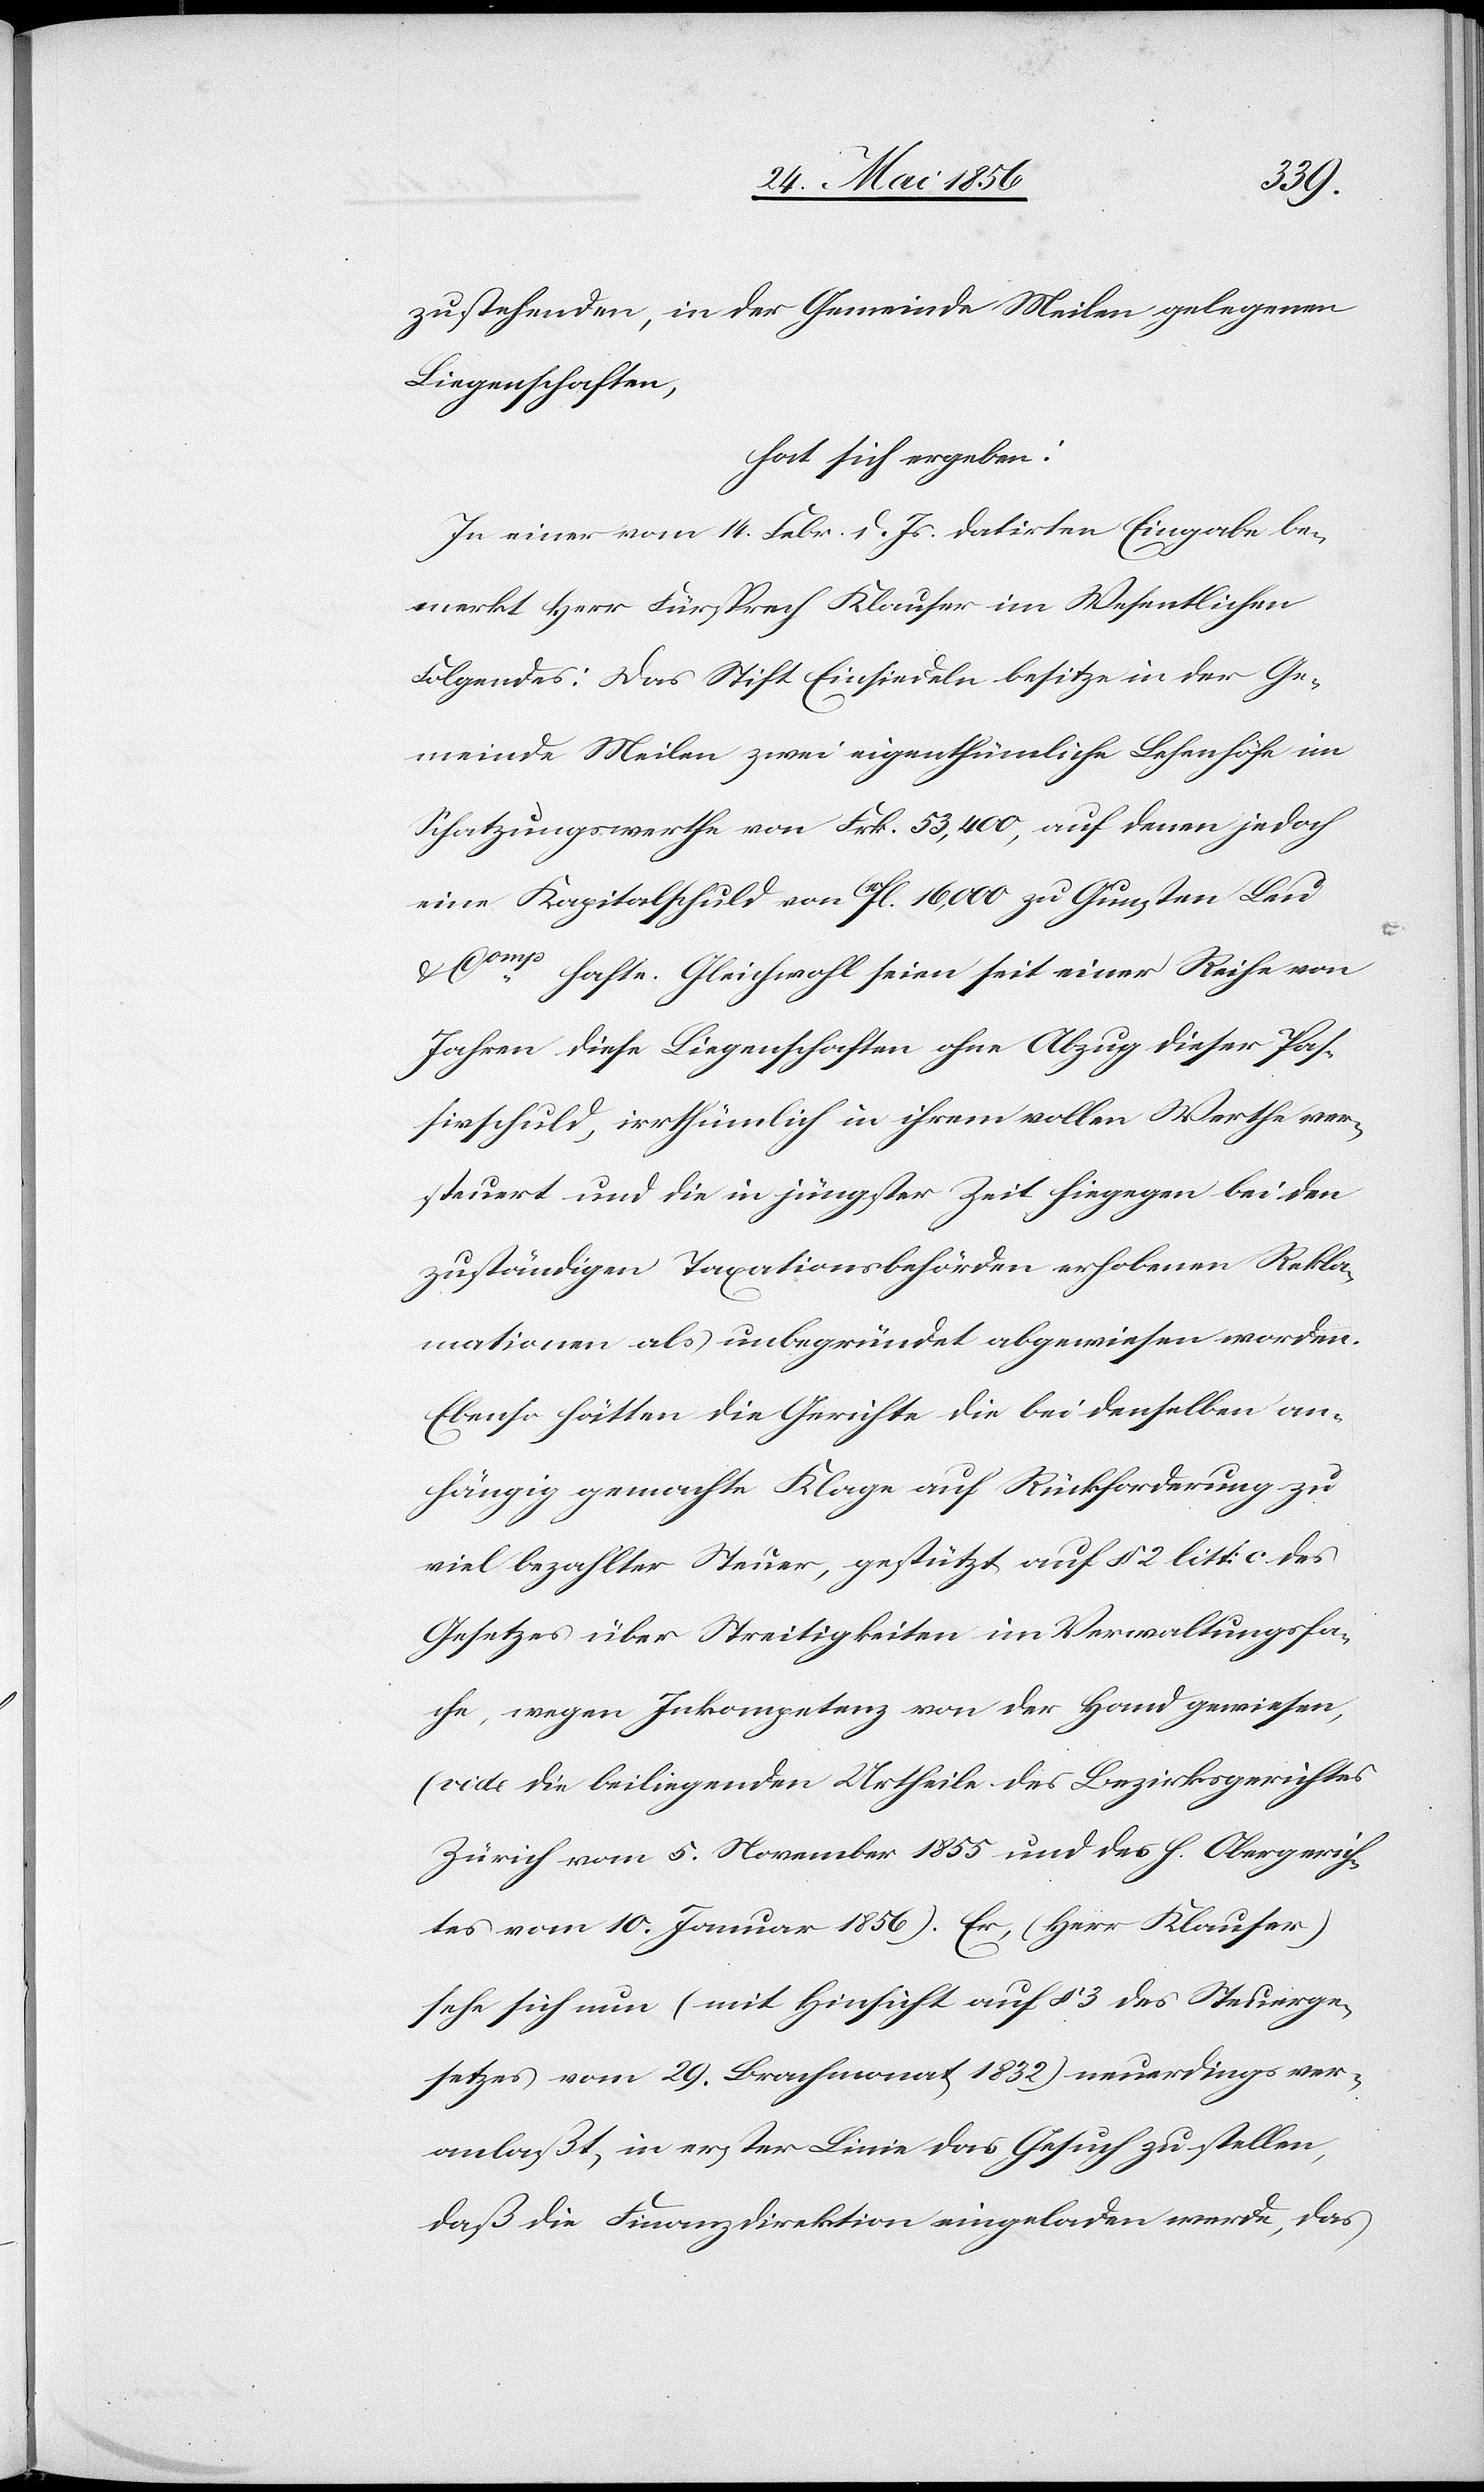
zustehenden, in der Gemeinde Meilen gelegenen
Liegenschaften,
hat sich ergeben:
In einer vom 14. Febr. d. Js. datirten Eingabe be¬
merkt Herr Fürsprech Klauser im Wesentlichen
Folgendes: Das Stift Einsiedeln besitze in der Ge¬
meinde Meilen zwei eigenthümliche Lehenhöfe im
Schatzungswerthe von Frk. 53,400, auf denen jedoch
eine Kapitalschuld von fl. 16,000 zu Gunsten Leu &
Comp hafte. Gleichwohl seien seit einer Reihe von
Jahren diese Liegenschaften ohne Abzug dieser Pas¬
sivschuld, irrthümlich in ihrem vollen Werthe ver¬
steuert und die in jüngster Zeit hiegegen bei den
zuständigen Taxationsbehörden erhobenen Rekla¬
mationen als unbegründet abgewiesen worden.
Ebenso hätten die Gerichte die bei denselben an¬
hängig gemachte Klage auf Rückforderung zu
viel bezahlter Steuer, gestützt auf § 2 litt: c des
Gesetzes über Streitigkeiten im Verwaltungsfa¬
che, wegen Inkompetenz von der Hand gewiesen,
(vide die beiliegenden Urtheile des Bezirksgerichtes
Zürich vom 5. November 1855 und des h. Obergerich¬
tes vom 10. Januar 1856). Er, (Herr Klauser)
sehe sich nun (mit Hinsicht auf § 3 des Steuerge¬
setzes vom 29. Brachmonat 1832) neuerdings ver¬
anlaßt, in erster Linie das Gesuch zu stellen,
daß die Finanzdirektion eingeladen werde, das